Bréfritari: Sigríður Guðmundsdóttir
Viðtakandi: Jón Borgfirðings Jónsson
Dagsetning: A-1858-07-04
Skrifað á: Reykjavík  Gull.

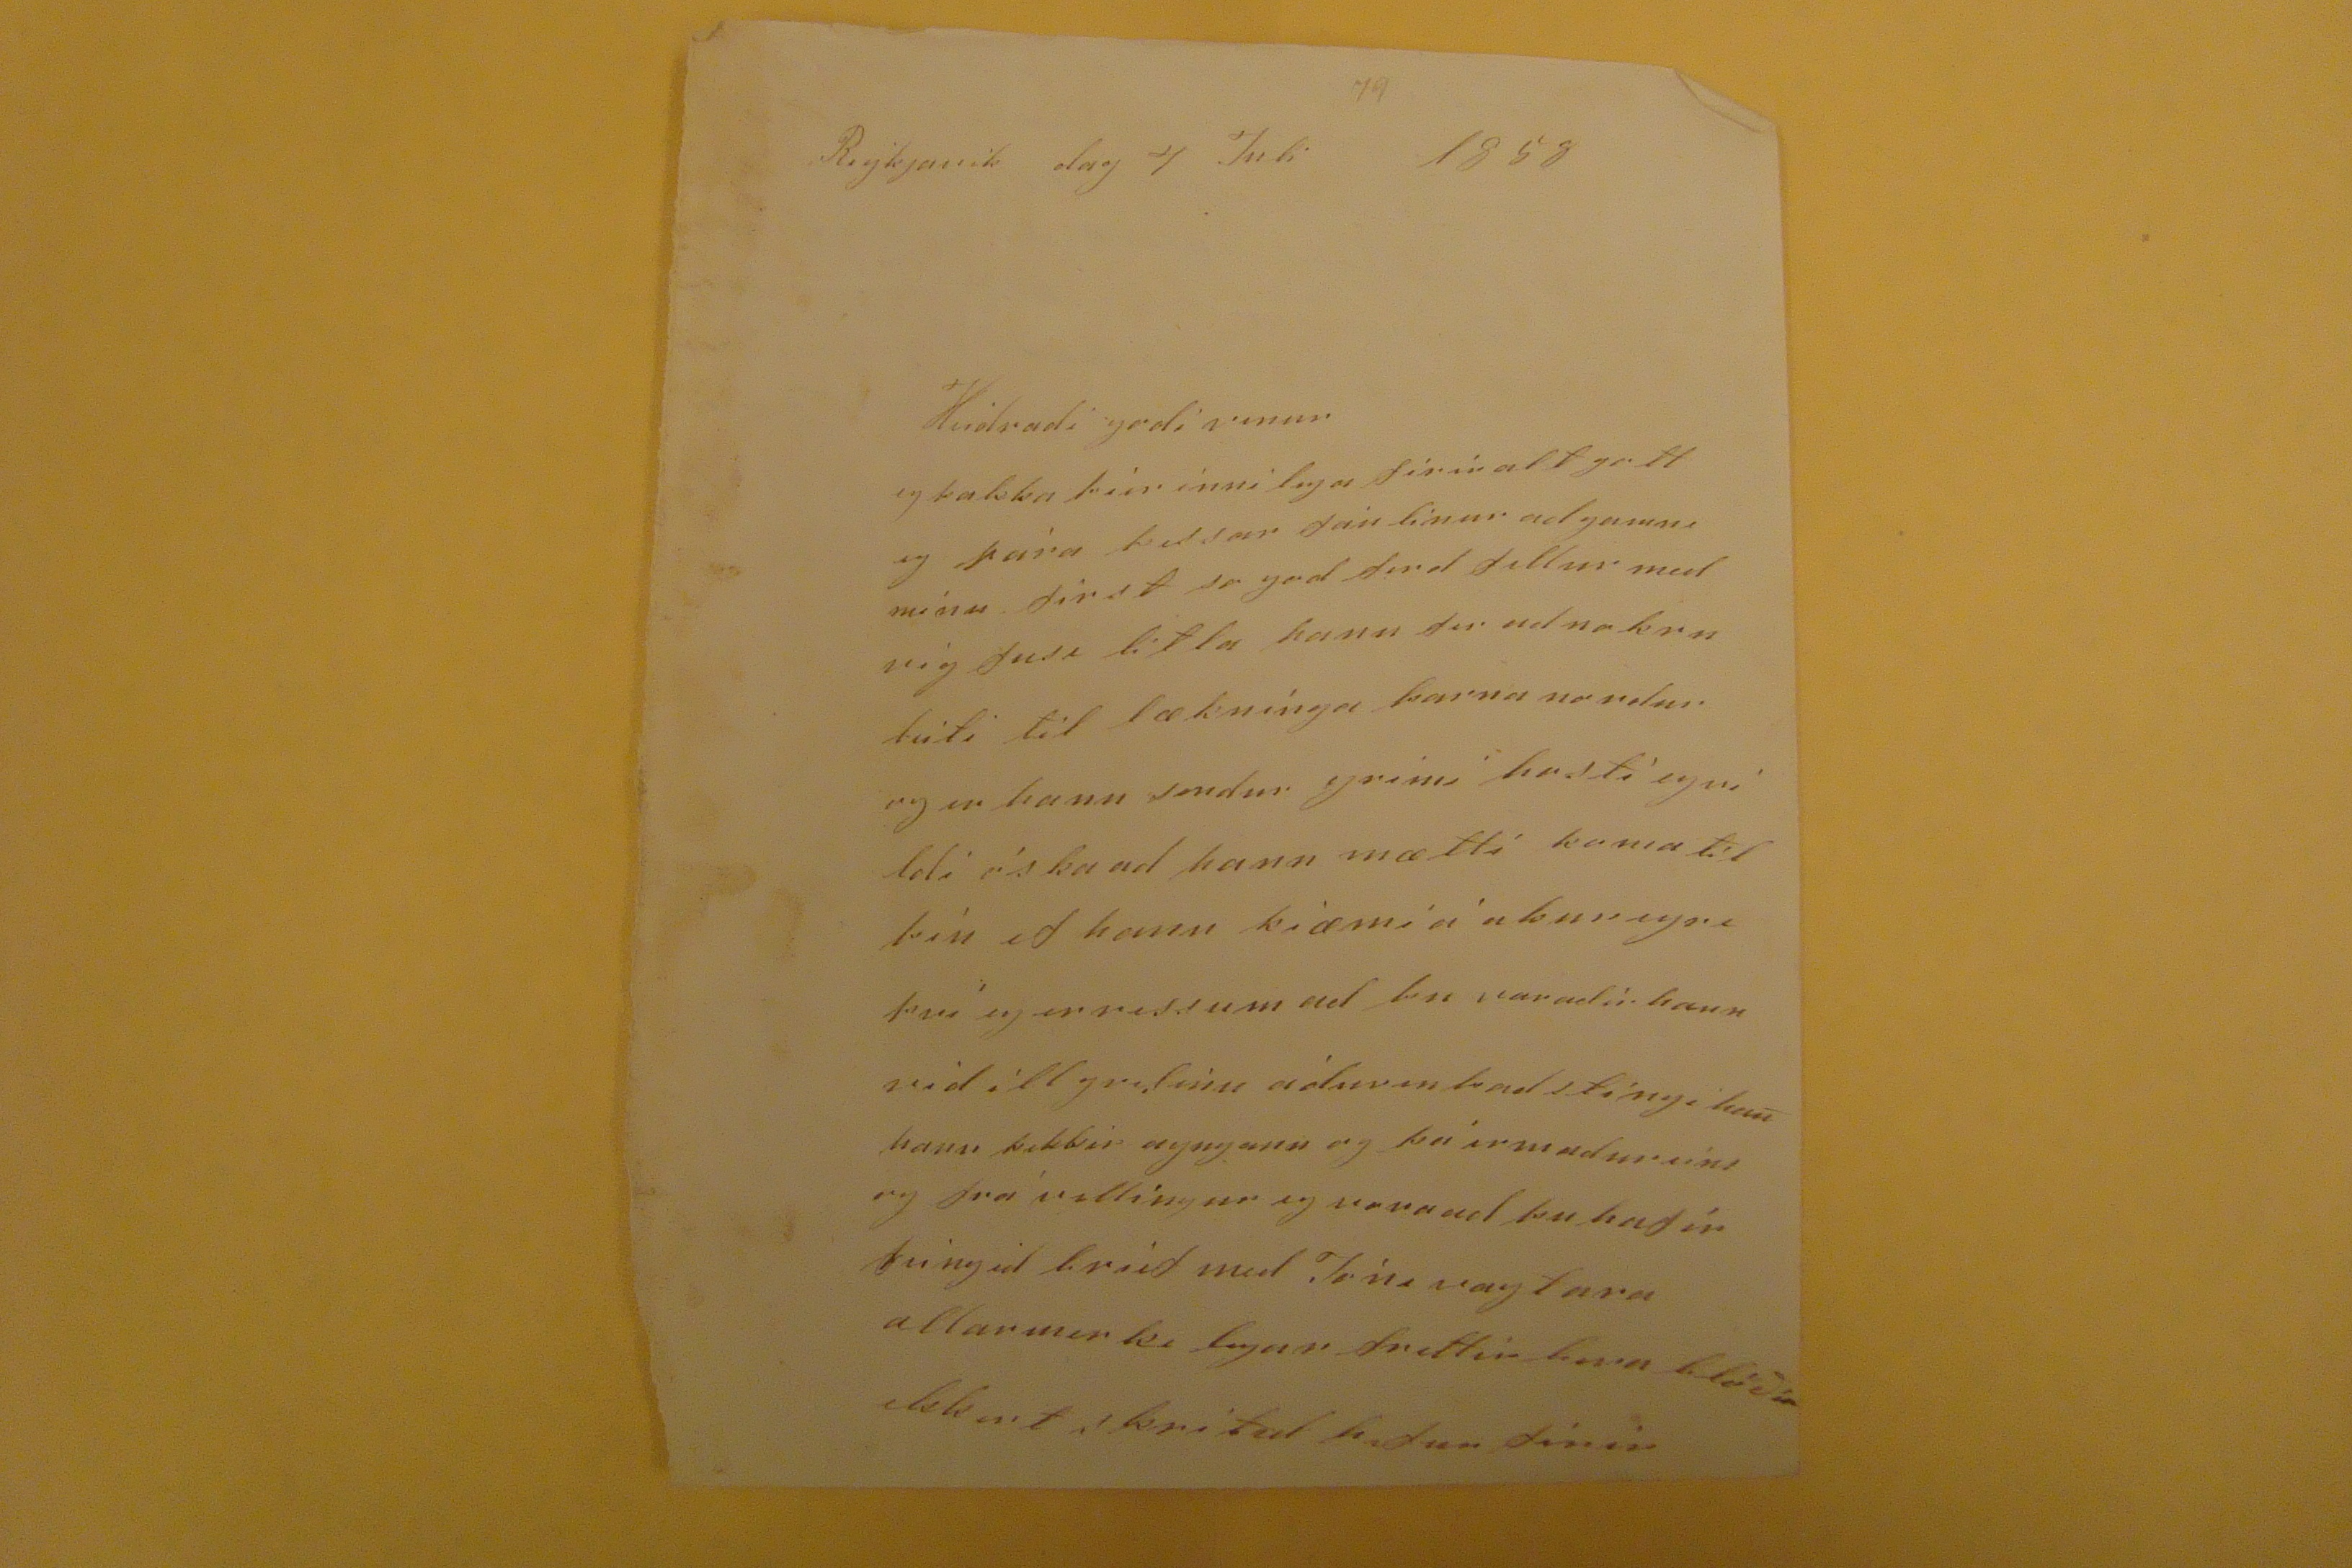

Reykjavik dag 4 Juli 1858
Heidradi godi vinur
eg þakka þier innilega firir alt gott eg pára þessar fáu linur ad gamni mínu first so god ferd fellur med vig fusi litla hann fer ud nokru leiti til læknínga barna nordur og er hann sendur grimi
hrsti egri ldi
óska ad hann mætti koma til þín ef hann kiæmi á
abnvegri
því eg er vessum ad þu varadir hann vid ill
grilinn
áduren þad stíngi han hann þekkir ayngann og þá ermadurinn og frá villíngur eg
vona
ad þu hafirfeingid brief med Jóni vagfara allarmerki legar frettir
bera blöðin
ekkert í kritul þaðan firir